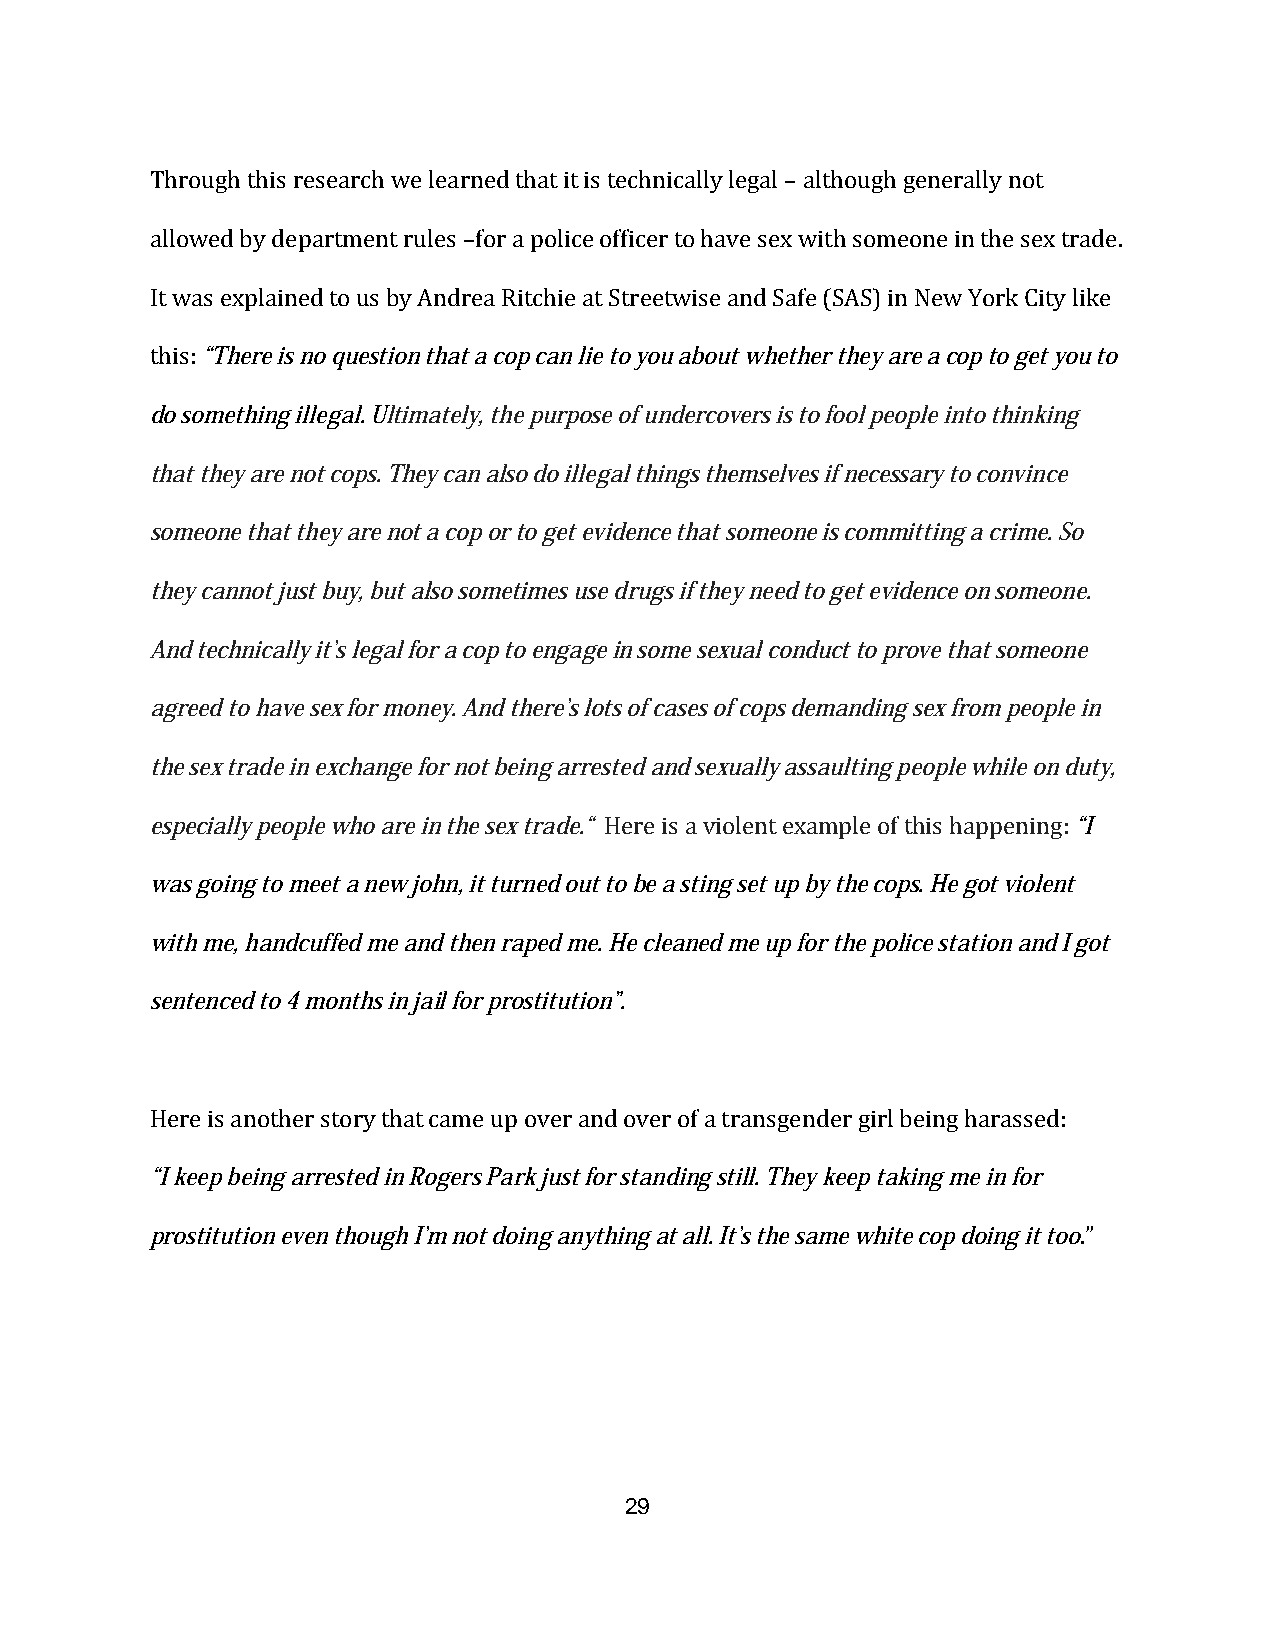
Through this research we learned that it is technically legal – although generally not
 allowed by department rules –for a police officer to have sex with someone in the sex trade.
 It was explained to us by Andrea Ritchie at Streetwise and Safe (SAS) in New York City like
 this: “There is no question that a cop can lie to you about whether they are a cop to get you to
 do something illegal. Ultimately, the purpose of undercovers is to fool people into thinking
 that they are not cops. They can also do illegal things themselves if necessary to convince
 someone that they are not a cop or to get evidence that someone is committing a crime. So
 they cannot just buy, but also sometimes use drugs if they need to get evidence on someone.
 And technically it’s legal for a cop to engage in some sexual conduct to prove that someone
 agreed to have sex for money. And there’s lots of cases of cops demanding sex from people in
 the sex trade in exchange for not being arrested and sexually assaulting people while on duty,
 especially people who are in the sex trade.“ Here is a violent example of this happening: “I
 was going to meet a new john, it turned out to be a sting set up by the cops. He got violent
 with me, handcuffed me and then raped me. He cleaned me up for the police station and I got
 sentenced to 4 months in jail for prostitution”.
 Here is another story that came up over and over of a transgender girl being harassed:
 “I keep being arrested in Rogers Park just for standing still. They keep taking me in for
 prostitution even though I’m not doing anything at all. It’s the same white cop doing it too.”
 29